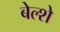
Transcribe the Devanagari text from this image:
बेल्शे